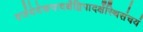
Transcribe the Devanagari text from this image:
वर्जयेदेकपादर्क्षेद्विपादर्क्षेस्थिसंचयं